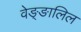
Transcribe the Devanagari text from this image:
वेङ्ङालिल